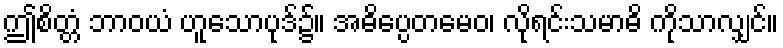
ဤစိတ္တံ ဘာဝယံ ဟူသောပုဒ်၌။ အဓိပ္ပေတမေဝ၊ လိုရင်းသမာဓိ ကိုသာလျှင်။